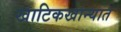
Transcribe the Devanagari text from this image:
खाटिकखान्यात